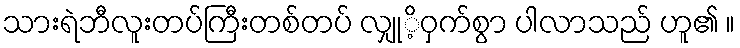
သားရဲဘီလူးတပ်ကြီးတစ်တပ် လျှုိ့ဝှက်စွာ ပါလာသည် ဟူ၏ ။